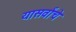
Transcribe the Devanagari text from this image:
यासर्वांचे